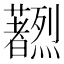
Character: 𫊔